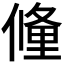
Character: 𬿧